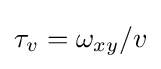
\tau _{v}=\omega _{xy}/v